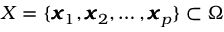
X = \{ \pmb { x } _ { 1 } , \pmb { x } _ { 2 } , \dots , \pmb { x } _ { p } \} \subset \Omega